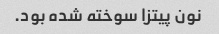
نون پیتزا سوخته شده بود.